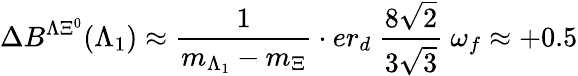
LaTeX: \Delta B^{\Lambda\Xi^{0}}(\Lambda_{1})\approx\frac{1}{m_{\Lambda_{1}}-m_{\Xi}}\cdot er_{d}~\frac{8\sqrt{2}}{3\sqrt{3}}~\omega_{f}\approx+0.5